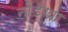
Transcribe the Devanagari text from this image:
नोडखा